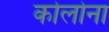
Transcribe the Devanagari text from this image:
कोलोना